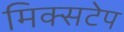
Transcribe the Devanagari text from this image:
मिक्सटेप